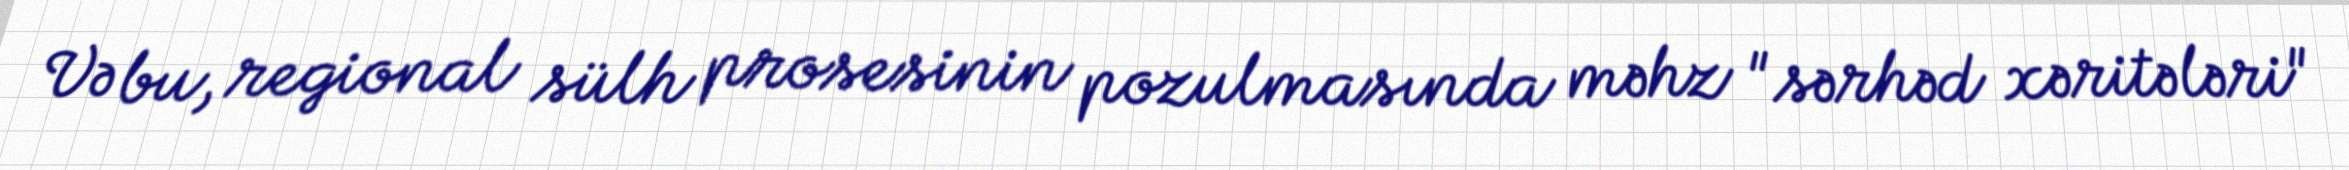
Və bu, regional sülh prosesinin pozulmasında məhz "sərhəd xəritələri"